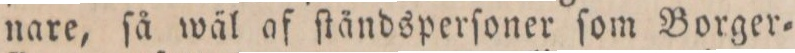
nare, ſå wäl af ſtändsperſoner ſom Borger=